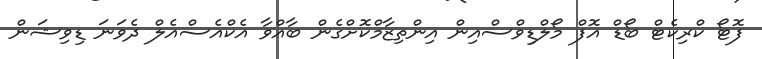
ފޮޓޯ ކްރިކެޓް ބޯޑް އޮފް މޯލްޑިވްސްއިން އިންތިޒާމްކޮށްގެން ބާއްވާ އެކްއެސްއެލް ދެވަނަ ޑިވިޝަން